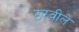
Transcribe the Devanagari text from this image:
ठरवीले